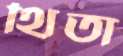
থিতা